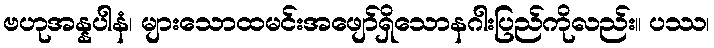
ဗဟုအန္နပါနံ၊ များသောထမင်းအဖျော်ရှိသောနဂါးပြည်ကိုလည်း။ ပဿ၊